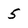
Character: 5